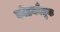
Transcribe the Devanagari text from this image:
कोडकौतुक